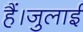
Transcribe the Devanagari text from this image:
हैं।जुलाई